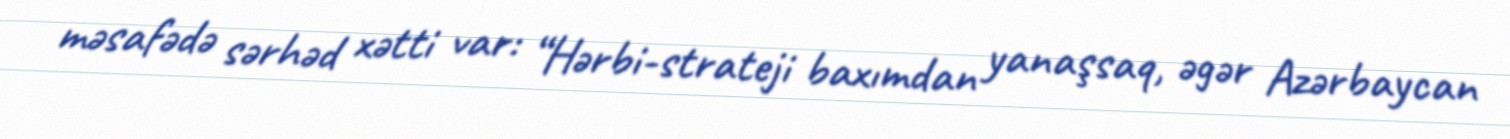
məsafədə sərhəd xətti var: “Hərbi-strateji baxımdan yanaşsaq, əgər Azərbaycan